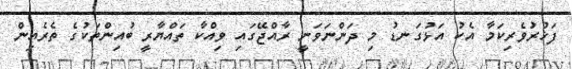
ފަޚުރުވެރިކަމާ އެކު އަޅުގަނޑު މި ދަންނަވަނީ ރާއްޖޭގައި ވިއްކާ ތައްޔާރީ ބުއިންތަކުގެ ތެރެއިން